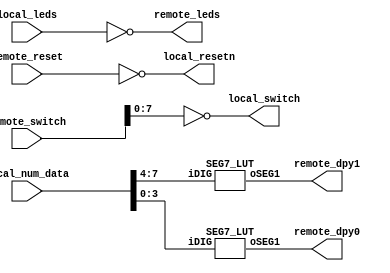
module remote2local (
    //switch
    input  wire [31:0] remote_switch,
    output wire [ 7:0] local_switch,
    //led
    input  wire [15:0] local_leds,
    output wire [15:0] remote_leds,
    //reset
    input  wire        remote_reset,
    output wire        local_resetn,
    //num
    input  wire [ 7:0] local_num_data,  
    output wire [ 7:0] remote_dpy0,
    output wire [ 7:0] remote_dpy1 
);
    assign local_switch = ~remote_switch[7:0];
    assign local_resetn = ~remote_reset;
    assign remote_leds  = ~local_leds;

    SEG7_LUT segL(.oSEG1(remote_dpy0[7:0]), .iDIG(local_num_data[3:0])); 
    SEG7_LUT segH(.oSEG1(remote_dpy1[7:0]), .iDIG(local_num_data[7:4])); 
endmodule

// number to pin
module SEG7_LUT (   oSEG1,iDIG   );
input   wire[3:0]   iDIG;
output  wire[7:0]   oSEG1;
reg     [6:0]   oSEG;

// oSEG m lt t rt lb b rb
always @(iDIG)
begin
        case(iDIG)
        4'h1: oSEG = 7'b1110110;    // ---t----
        4'h2: oSEG = 7'b0100001;    // |      |
        4'h3: oSEG = 7'b0100100;    // lt    rt
        4'h4: oSEG = 7'b0010110;    // |      |
        4'h5: oSEG = 7'b0001100;    // ---m----
        4'h6: oSEG = 7'b0001000;    // |      |
        4'h7: oSEG = 7'b1100110;    // lb    rb
        4'h8: oSEG = 7'b0000000;    // |      |
        4'h9: oSEG = 7'b0000110;    // ---b----
        4'ha: oSEG = 7'b0000010;
        4'hb: oSEG = 7'b0011000;
        4'hc: oSEG = 7'b1001001;
        4'hd: oSEG = 7'b0110000;
        4'he: oSEG = 7'b0001001;
        4'hf: oSEG = 7'b0001011;
        4'h0: oSEG = 7'b1000000;
        endcase
end

// 10
assign oSEG1 = {~oSEG,1'b0};

endmodule